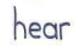
hear